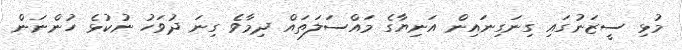
މުޅި ސީޒަނުގައި ގިނަގިނައިން އަނިޔާގެ މައްސަލަތައް ދިމާވެ ގިނަ ދުވަހު ނުކުޅެ ހުންނަން